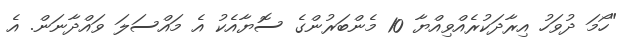
"ހޯމަ ދުވަހު އިރާދަކުރެއްވިއްޔާ 10 މެންބަރުންގެ ސޮޔާއެކު އެ މައްސަލަ ވައްދާނަން. އެ